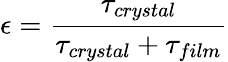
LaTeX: \epsilon=\frac{\tau_{crystal}}{\tau_{crystal}+\tau_{film}}